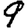
Digit: 9